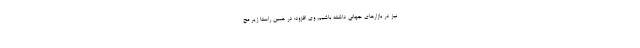
نیز در بازارهای جهانی داشته باشیم. وی افزود: در همین راستا زیر مج